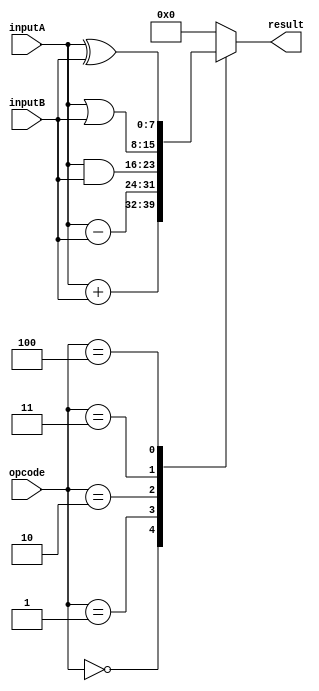
module ALU (
    input wire [3:0] opcode,
    input wire [7:0] inputA,
    input wire [7:0] inputB,
    output reg [7:0] result
);

always @ (opcode, inputA, inputB)
begin
    case (opcode)
        4'b0000: result = inputA + inputB; // addition
        4'b0001: result = inputA - inputB; // subtraction
        4'b0010: result = inputA & inputB; // bitwise AND
        4'b0011: result = inputA | inputB; // bitwise OR
        4'b0100: result = inputA ^ inputB; // bitwise XOR
        default: result = 8'b0; // default to 0
    endcase
end

endmodule